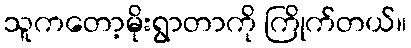
သူကတော့မိုးရွာတာကို ကြိုက်တယ်။